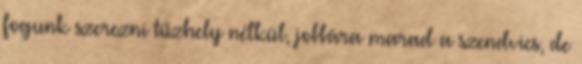
fogunk szerezni tűzhely nélkül, jobbára marad a szendvics, de